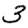
Digit: 3